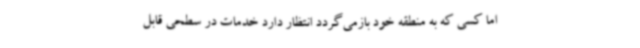
اما کسی که به منطقه خود بازمی‌گردد انتظار دارد خدمات در سطحی قابل